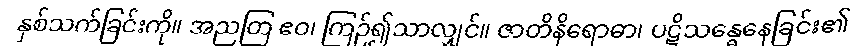
နှစ်သက်ခြင်းကို။ အညတြ ဧဝ၊ ကြဉ်၍သာလျှင်။ ဇာတိနိရောဓာ၊ ပဋိသန္ဓေနေခြင်း၏